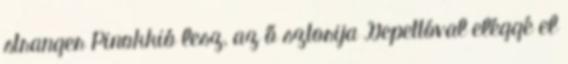
stranger Pinokkió lesz, az ő sztorija Gepettóval eléggé el